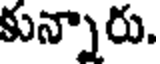
కున్నారు.